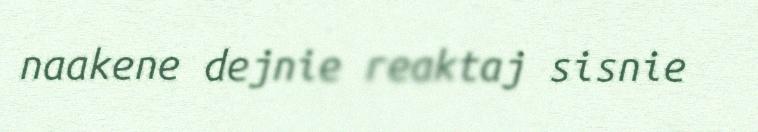
naakene dejnie reaktaj sisnie